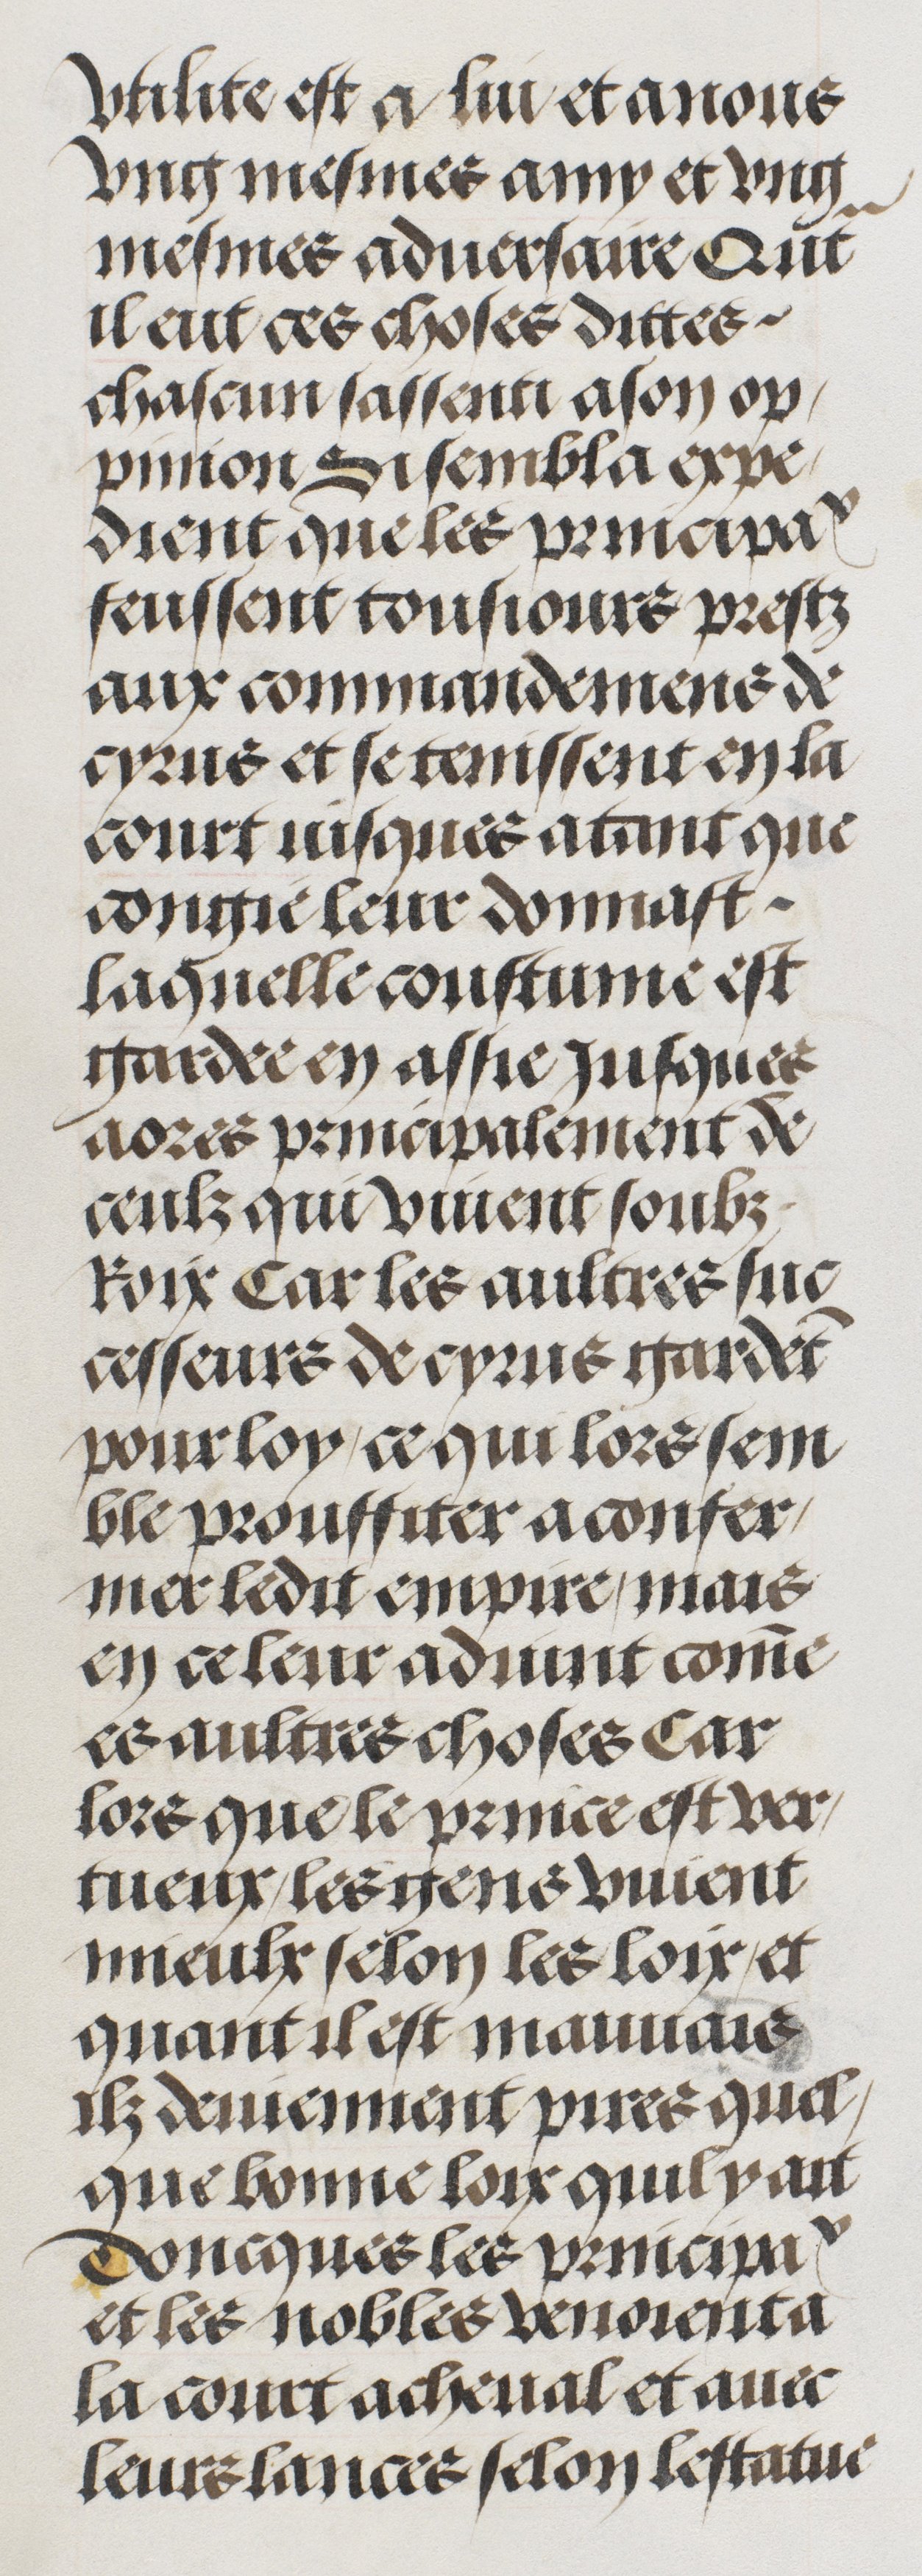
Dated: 1485–1505